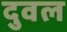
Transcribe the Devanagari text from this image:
दुवल